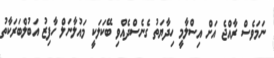
ނަމަވެސް ރާއްޖެ އަށް އިސްލާމީ ހިދާޔަތު ގެނެސްދެއްވި ބޭކަލަކީ މައުލާނަލް ހާފިޒު އަބުލްބަރަކާތު